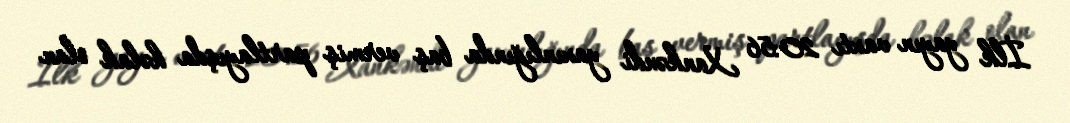
İlk yayın vaxtı 20:56 Xankəndi yaxınlığında baş vermiş partlayışda həlak olan